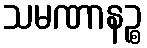
သမဏာနဉ္စ